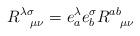
LaTeX: \begin{align*}R^{\lambda\sigma}_{\ \ \mu\nu} = e^\lambda_a e^\sigma_b R^{ab}_{\ \ \mu\nu}\end{align*}